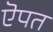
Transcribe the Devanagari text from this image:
ऎपत